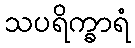
သပရိက္ခာရံ